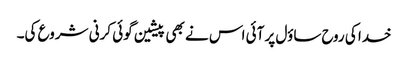
خدا کی روح ساؤل پر آئی اس نے بھی پیشین گوئی کرنی شروع کی۔